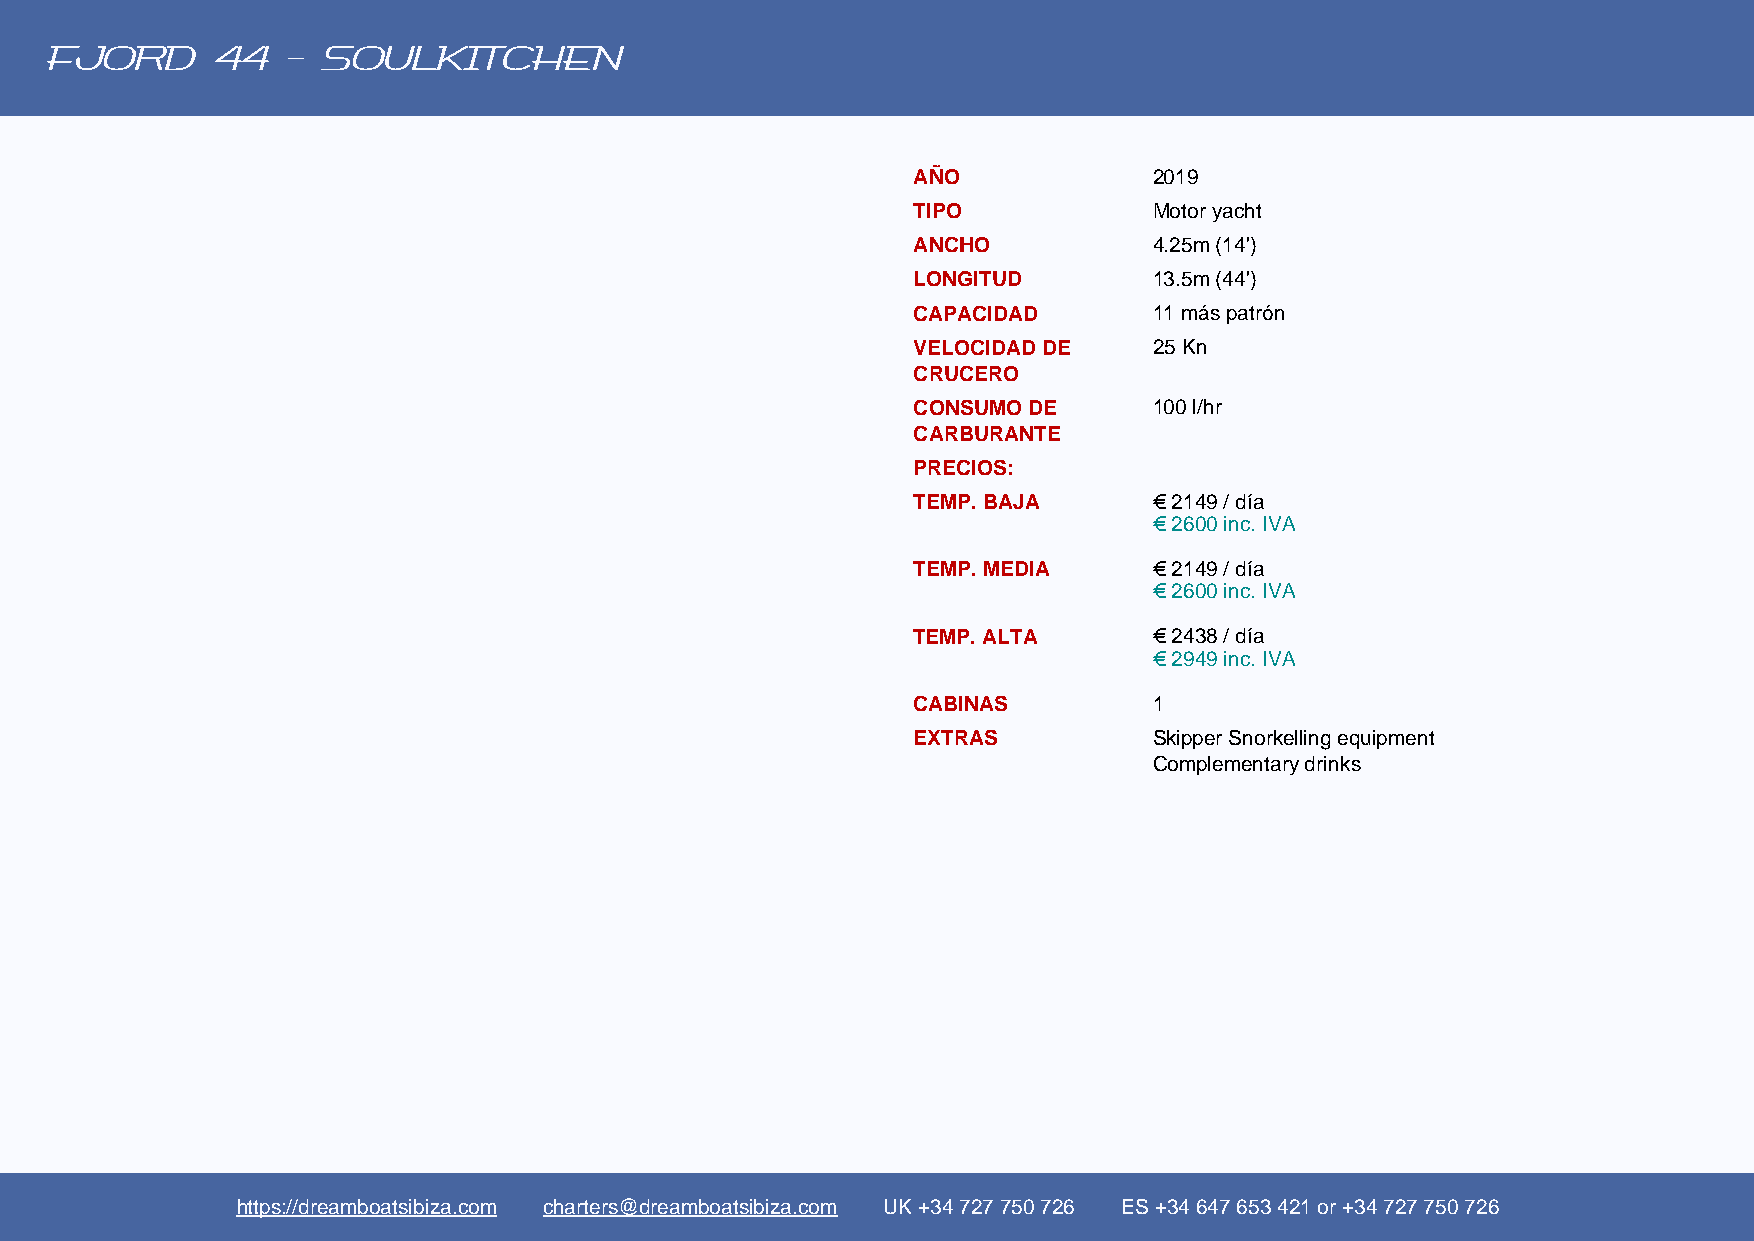
FJORD      44   - SOULKITCHEN
 AÑO             2019
 TIPO            Motor yacht
 ANCHO           4.25m (14')
 LONGITUD        13.5m (44')
 CAPACIDAD       11 más patrón
 VELOCIDAD DE    25 Kn
 CRUCERO
 CONSUMO DE      100 l/hr
 CARBURANTE
 PRECIOS:
 TEMP. BAJA      € 2149 / día
 € 2600 inc. IVA
 TEMP. MEDIA     € 2149 / día
 € 2600 inc. IVA
 TEMP. ALTA      € 2438 / día
 € 2949 inc. IVA
 CABINAS         1
 EXTRAS          Skipper Snorkelling equipment
 Complementary drinks
 https://dreamboatsibiza.com charters@dreamboatsibiza.com UK +34 727 750 726 ES +34 647 653 421 or +34 727 750 726
 Powered by TCPDF (www.tcpdf.org)